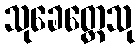
သုခေတ္တေသု